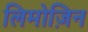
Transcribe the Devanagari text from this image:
लिमोज़िन